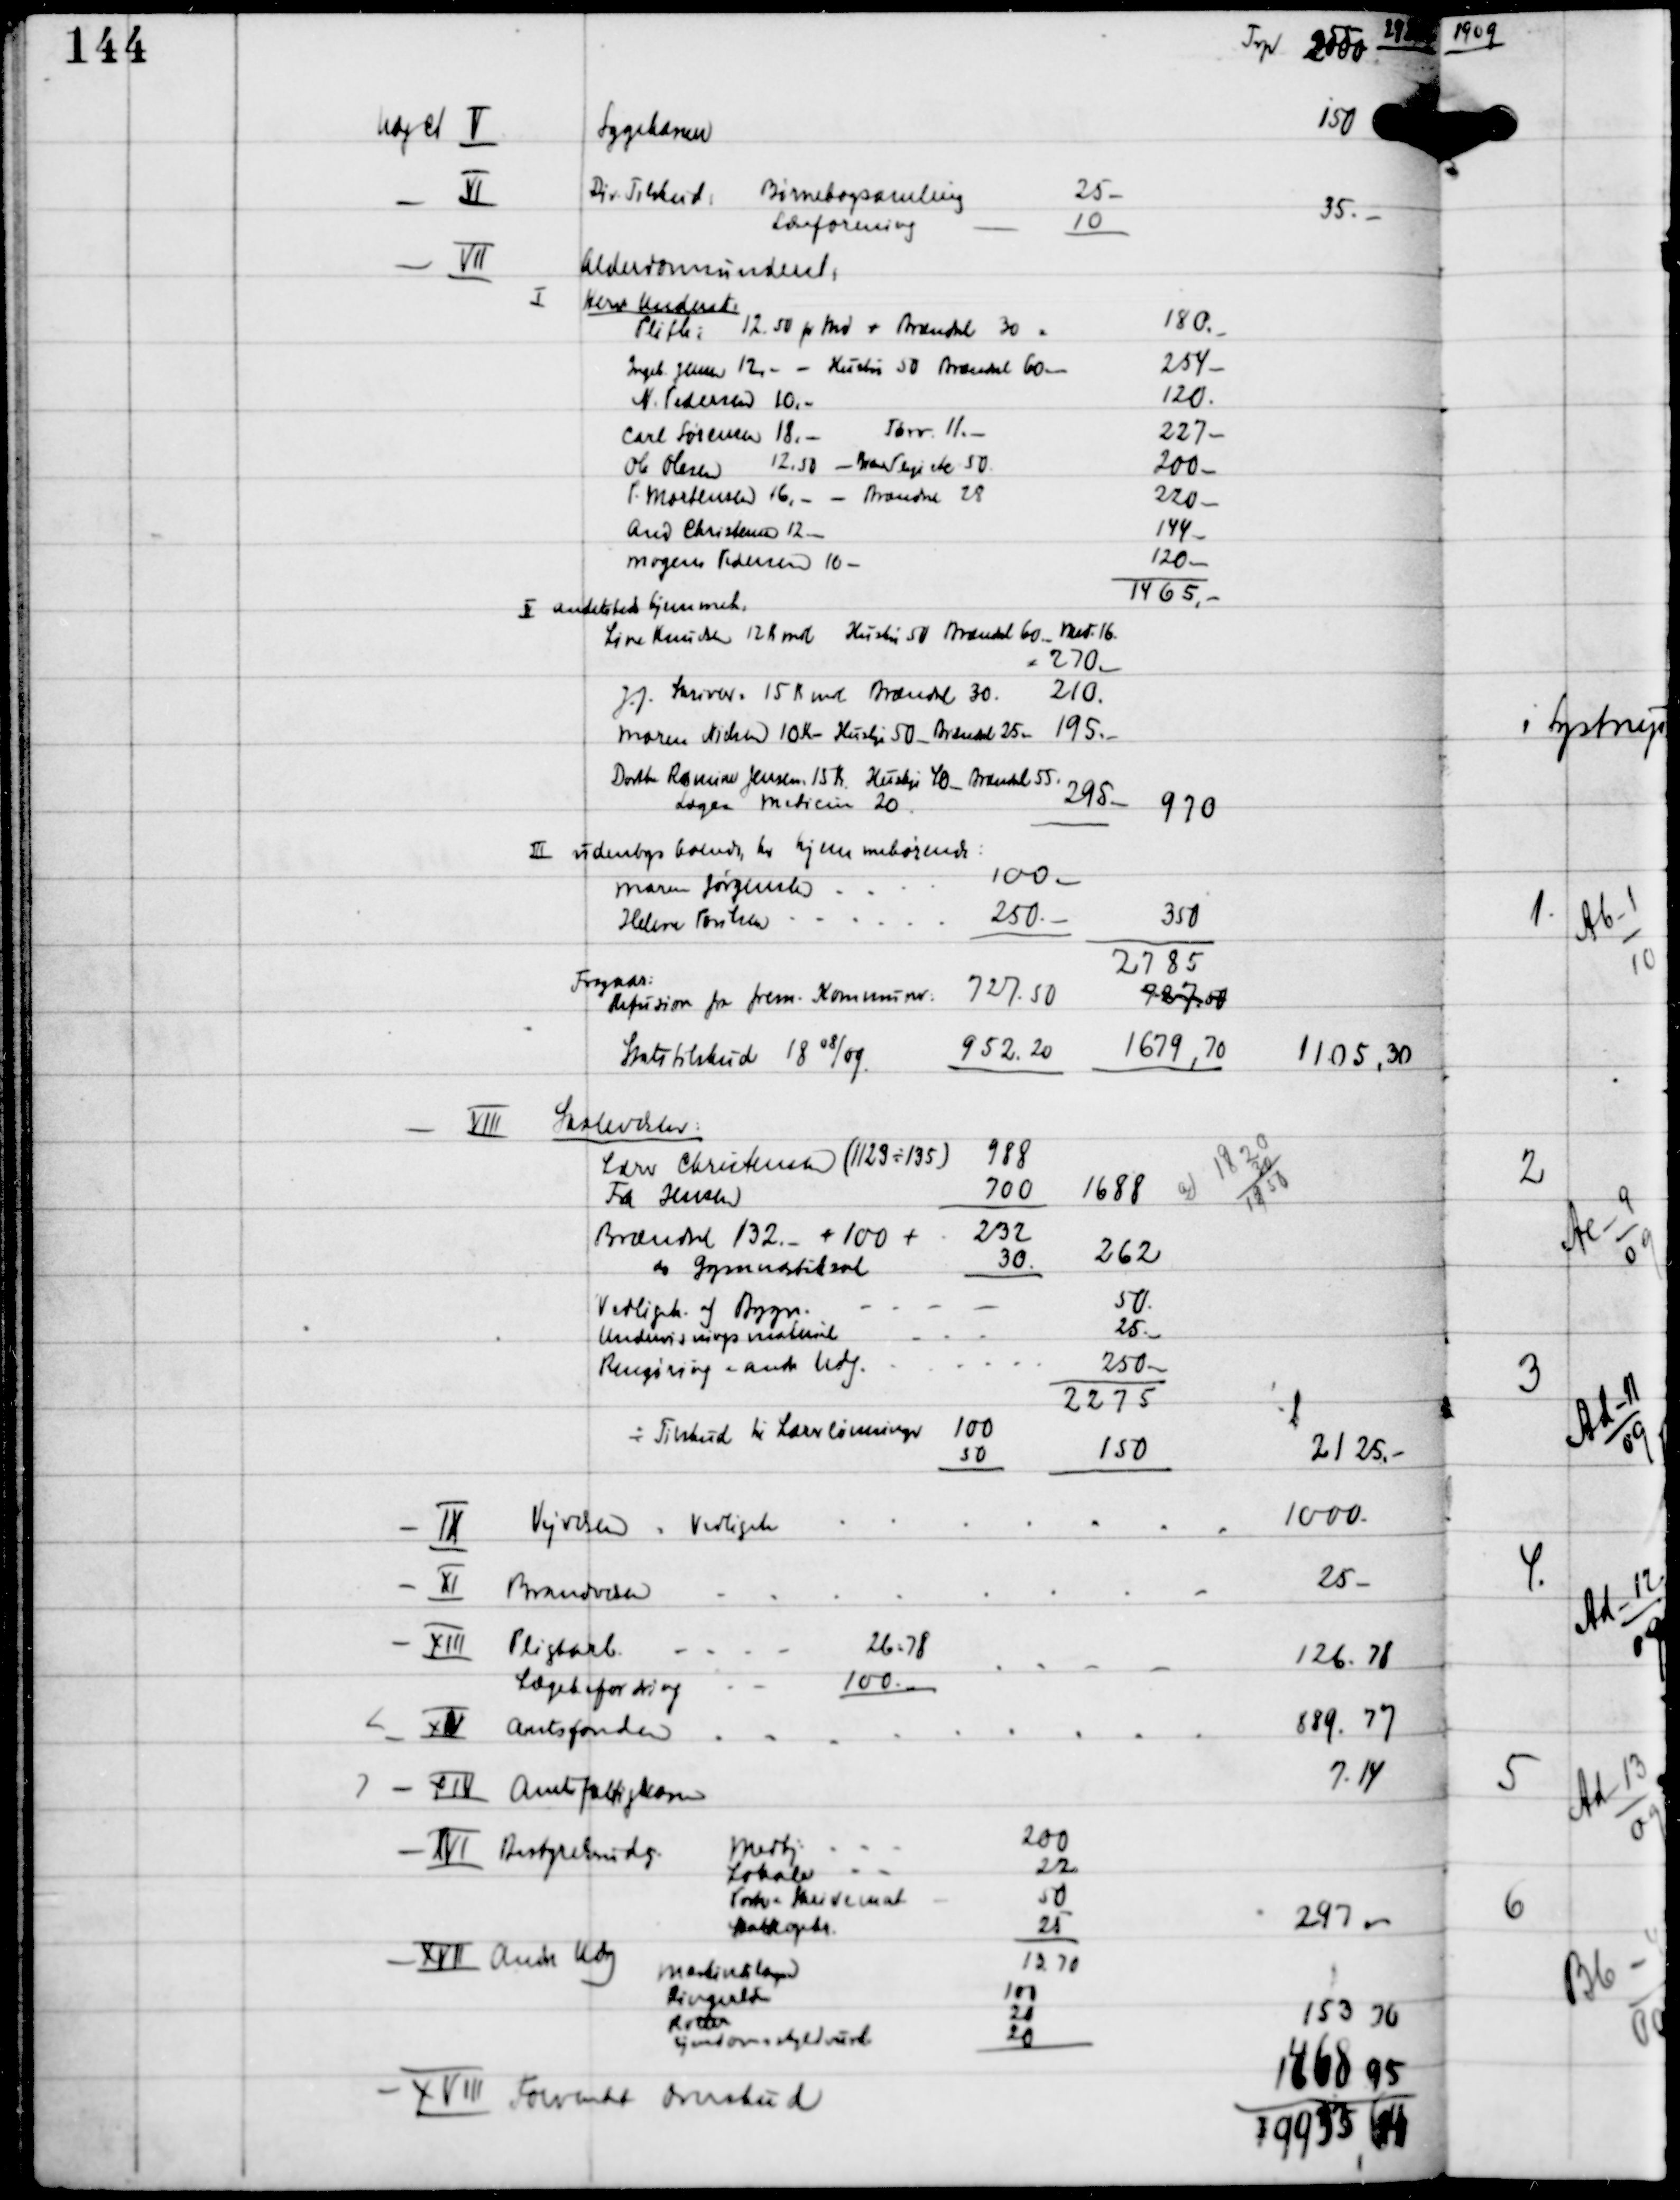
Transskription:
29 Decb

Trp 2550

- VII